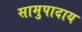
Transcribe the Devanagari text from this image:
सामुपादाय